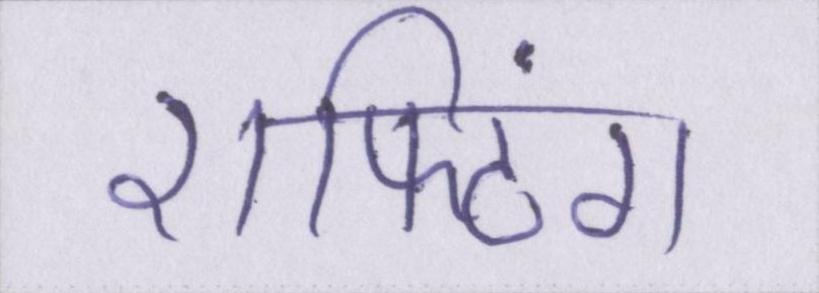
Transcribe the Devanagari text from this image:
राफ्टिंग